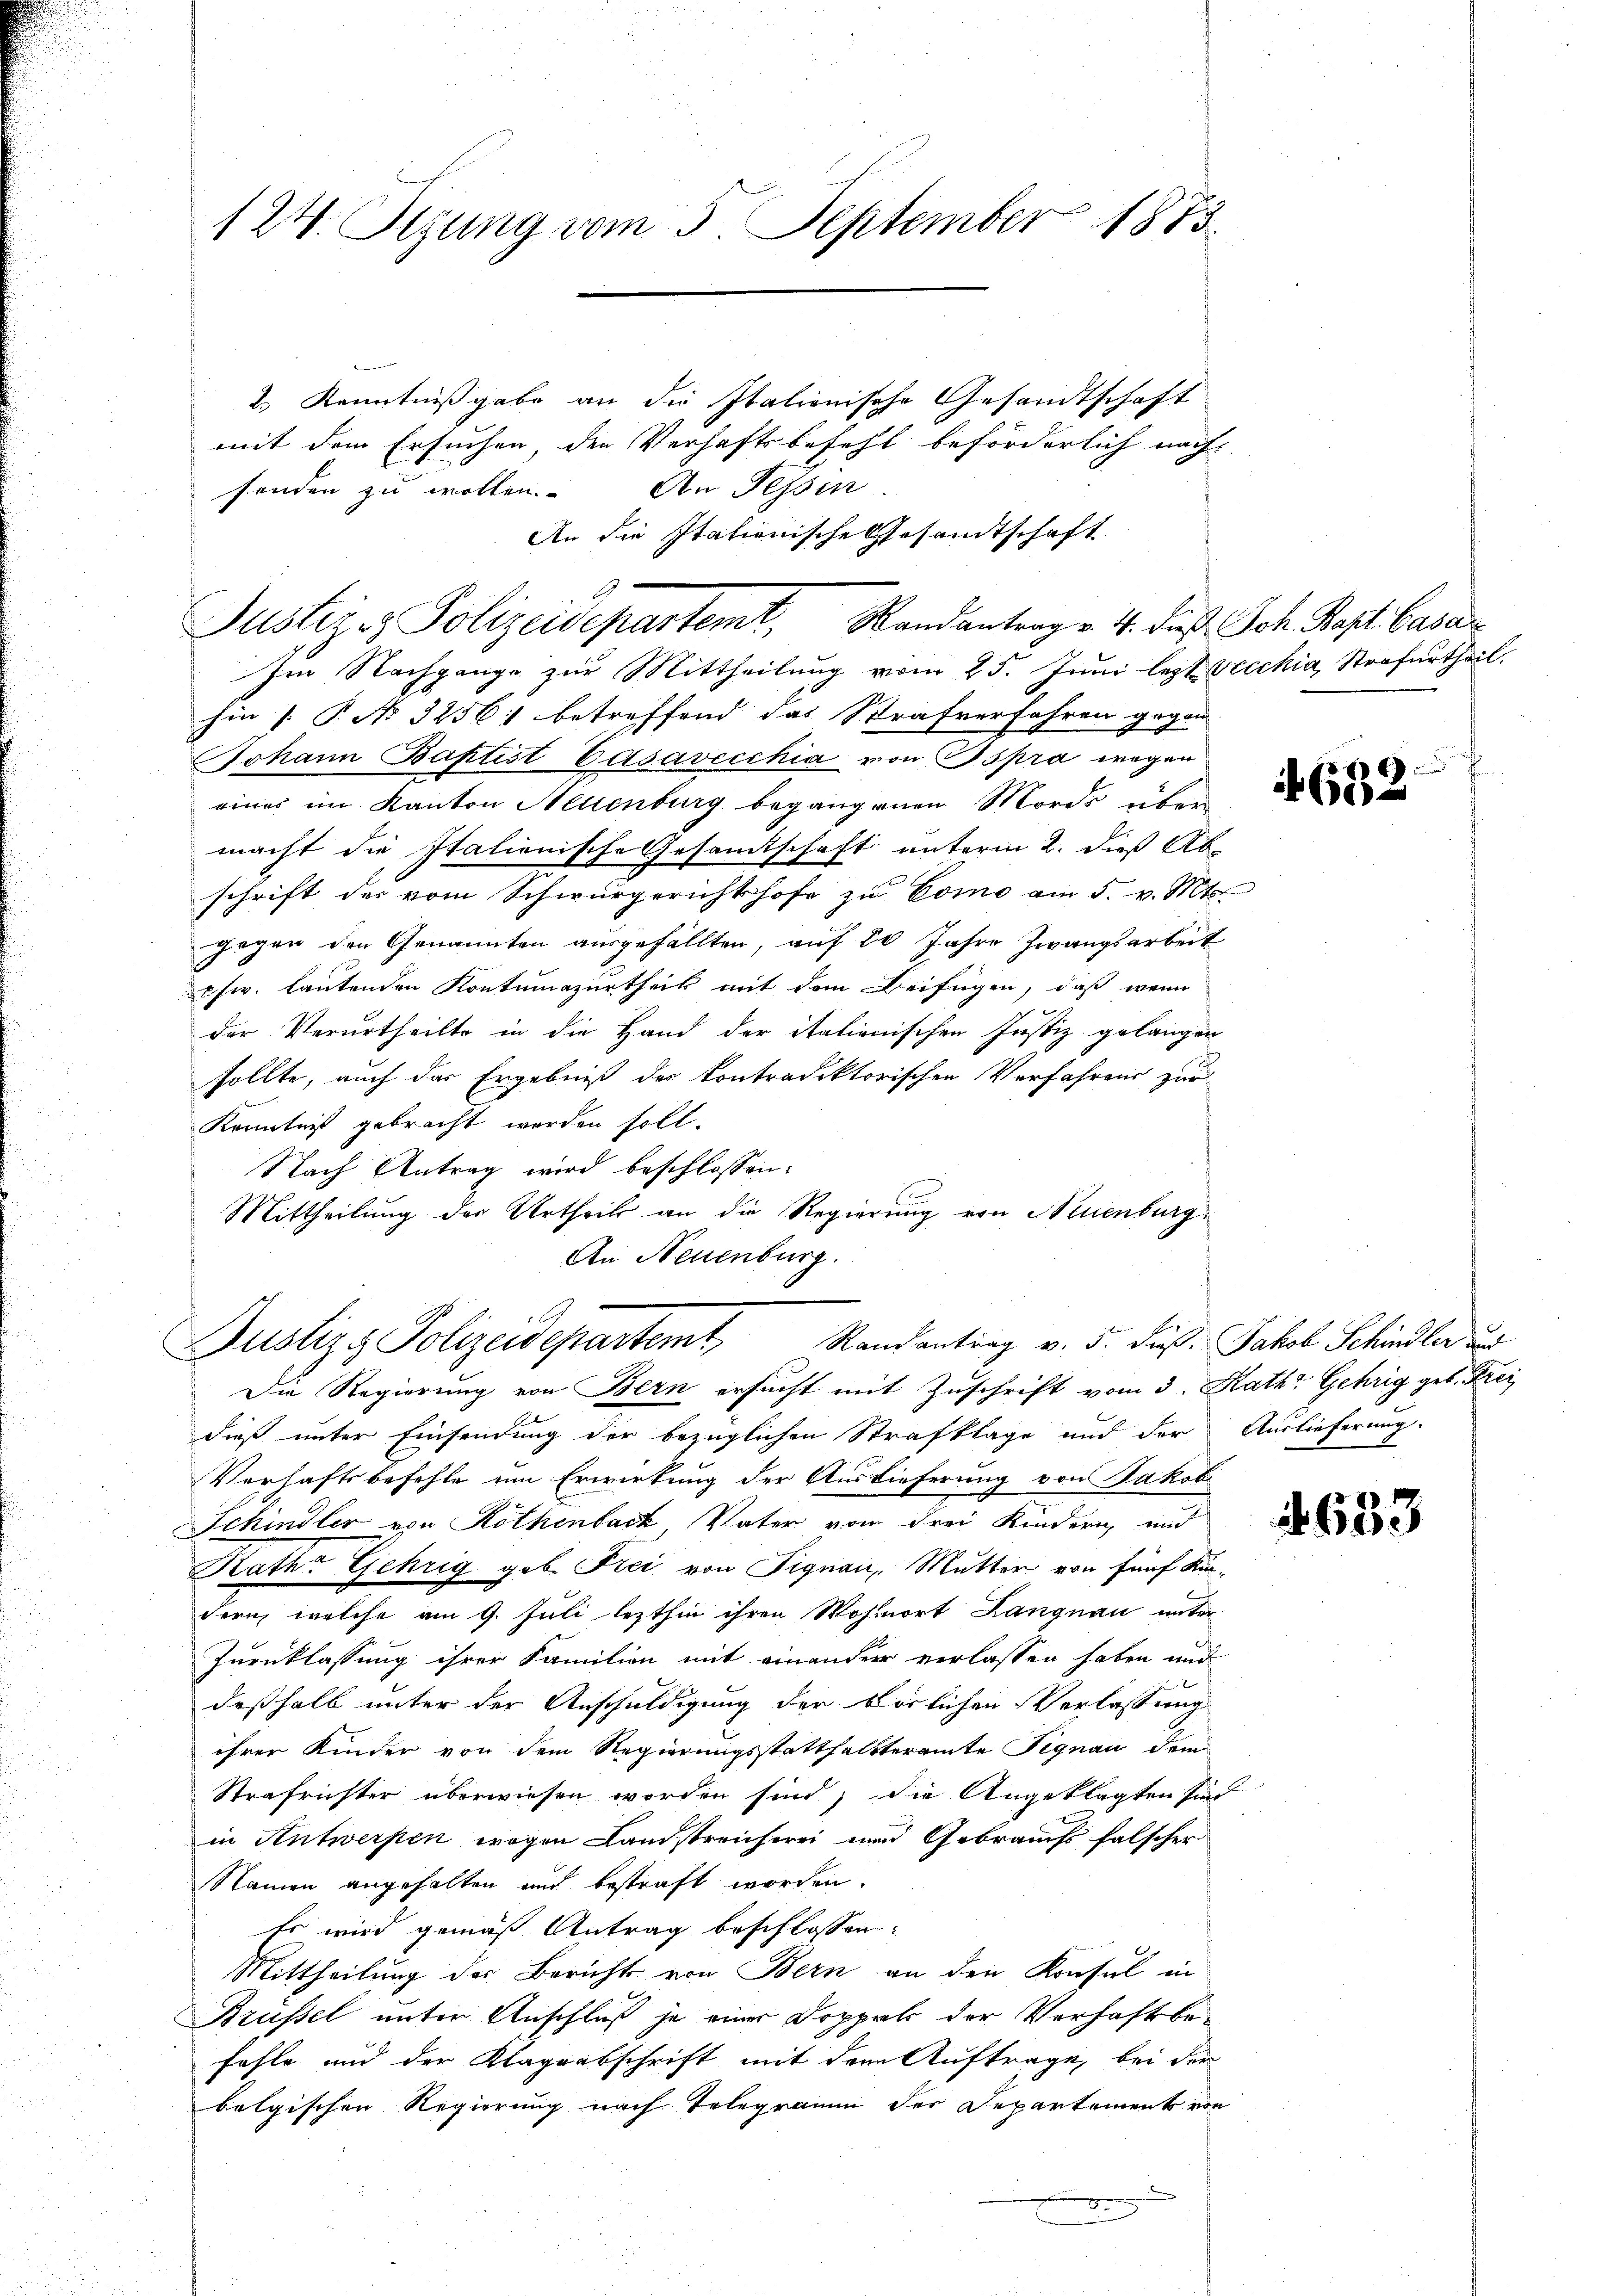
124. Sizung vom 5. September 1873.

2.) Kenntnißgabe an die Italienische Gesandtschaft
mit dem Ersuchen, den Verhaftsbefehl beförderlich nach
senden zu wollen. An Tessin
An die Itationische Gesandtschaft

Justiz- & Polizeidepartemt, Randantrag v. 4. dieß Sch. Bapt. Casar

Justiz & Polizeidepartemt, Randantrag v. 5. dieß: Jakob Schindler
Die Regierung von Bern ersucht mit Zuschrift vom 3. Kath. Gehrig geb. Krei

Im Nachgange zur Mittheilung vom 25. Juni lezt vecchia, Strafurtheil.
hin 1. P. No 3256) betreffend das Strafverfahren gegan
Johann Baptist Casavecchia von spra wegen
eines im Kanton Allenburg begangenen Mords über
macht die Italienische Gesamtschaft unterm 2. dieß Ab-
schrift des vom Schwurgerichtshofe zu Como am 5. v. Mts.
gegen den Genannten ausgefällten, auf 20 Jahre Zwangsarbeit
sw. lautenden Kontumazurtheils mit dem Beifügen, daß wenn
der Verurtheilte in die Hand der itationischen Justiz gelangen
sollte, auch das Ergebniß der kontradektorischen Verfahrens zur
Kenntnist gebracht worden soll.
Nach Antrag wird beschlossen:
Mittheilung der Urtheils an die Regierung von Neuenburg
An Neuenburg.

dieß unter Einsendung der bezüglichen Strafklage und der Auslieferung.
Verhaftsbefehle um Erwirkung der Auslieferung von Jakob
Schindler von Rothenbach Vater von drei Kindern und
Rath. Gehrig geb. Frei von Signau, Mutter von fünf Kin-
dern, welche am 9. Juli lezthin ihren Wohnort Langnau unter
Zurnklassung ihrer Familien mit einander verlassen haben und
deßhalb unter der Anschuldigung der böslichen Verlassung
ihrer Kinder von dem Regierungsstatthaltteramte Signau dem
Strafrichter überwiesen worden sind, die Angeklagten sind
in Antwerpen wegen Landstreicherei und Gebrauchs falscher
Namen angehalten und bestraft worden.
Es wird gemäß Antrag beschlossen:
Mittheilung des Bericht von Bern an den Konsul in
Brüssel unter Anschluß je einer Doppel der Verhaftsbefehle und der Klageabschrift mit dem Auftrage, bei der
belgischen Regierung nach Telegramm der Departement von

E

d
4682

633